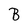
Character: B